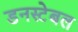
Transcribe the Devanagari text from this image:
डनस्टेबल